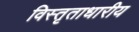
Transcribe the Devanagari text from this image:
विस्तृताधारीय